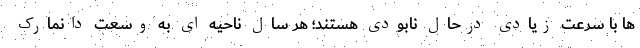
ها با سرعت زیادی درحال نابودی هستند؛ هر سال ناحیه ای به وسعت دانمارک